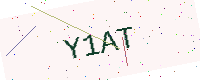
Text: Y1AT